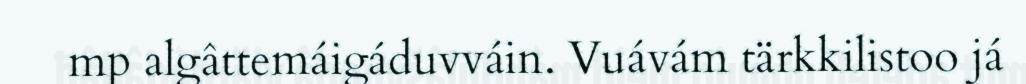
mp algâttemáigáduvváin. Vuávám tärkkilistoo já